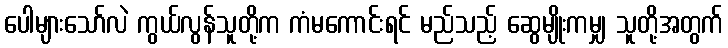
ပေါများသော်လဲ ကွယ်လွန်သူတို့က ကံမကောင်းရင် မည်သည့် ဆွေမျိုးကမျှ သူတို့အတွက်